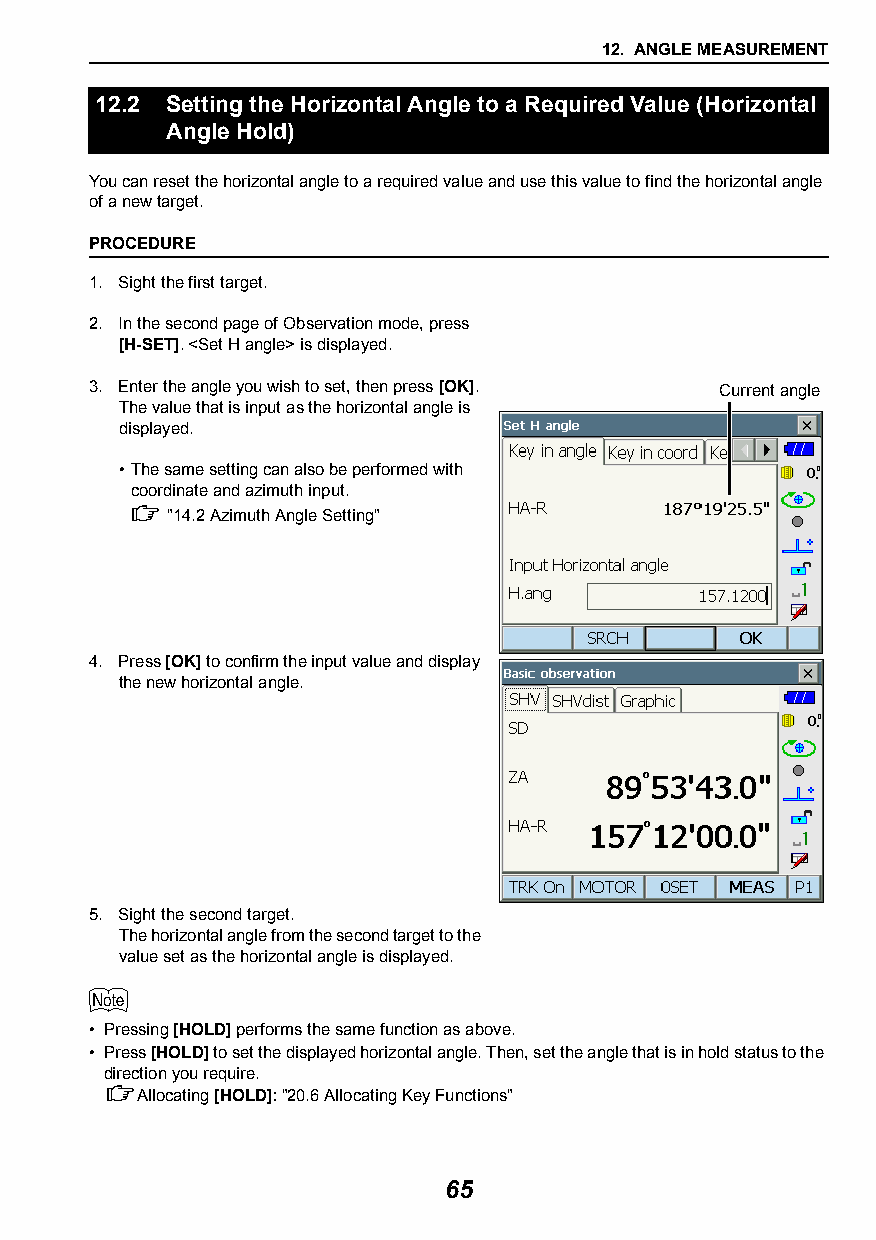
12. ANGLE MEASUREMENT
 12.2 Setting the Horizontal Angle to a Required Value (Horizontal
 Angle Hold)
 You can reset the horizontal angle to a required value and use this value to find the horizontal angle
 of a new target.
 PROCEDURE
 1. Sight the first target.
 2. In the second page of Observation mode, press
 [H-SET]. <Set H angle> is displayed.
 3. Enter the angle you wish to set, then press [OK]. Current angle
 The value that is input as the horizontal angle is
 displayed.
 •The same setting can also be performed with
 coordinate and azimuth input.
  "14.2Azimuth Angle Setting"
 4. Press [OK] to confirm the input value and display
 the new horizontal angle.
 5. Sight the second target.
 The horizontal angle from the second target to the
 value set as the horizontal angle is displayed.
 
 • Pressing [HOLD] performs the same function as above.
 • Press [HOLD] to set the displayed horizontal angle. Then, set the angle that is in hold status to the
 direction you require.
 Allocating [HOLD]: "20.6Allocating Key Functions"
 65